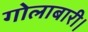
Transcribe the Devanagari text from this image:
गोलाबारी।